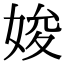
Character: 㛖